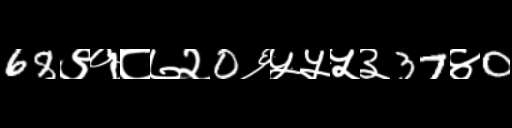
Text: 68९१८७२0६५५५३37४0